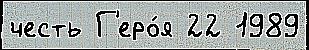
честь Г'еро́я 22 1989